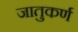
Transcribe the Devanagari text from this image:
जातुकर्ण